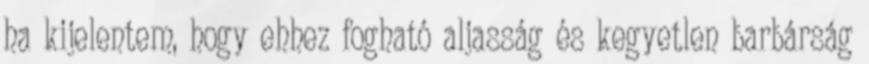
ha kijelentem, hogy ehhez fogható aljasság és kegyetlen barbárság